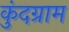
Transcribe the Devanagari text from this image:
कुंदग्राम